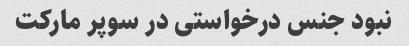
نبود جنس درخواستی در سوپر مارکت